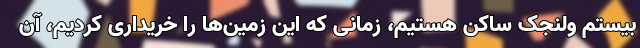
بیستم ولنجک ساکن هستیم، زمانی که این زمین‌ها را خریداری کردیم، آن